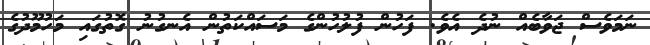
ނަމަވެސް ޖަވާބެއް ނުދެ އެވެ. ފަހުން ފުލުހުންގެ މަސައްކަތުން އެނގުނު ގޮތުގައި މަހުމޫދުގެ